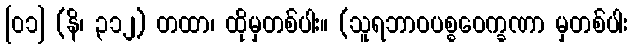
[၀၁] (နိ၊ ၃၁၂) တထာ၊ ထိုမှတစ်ပါး။ (သူရဘာဝပစ္စဝေက္ခဏာ မှတစ်ပါး